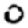
Digit: 0